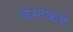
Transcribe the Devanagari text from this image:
बेस्टकडे